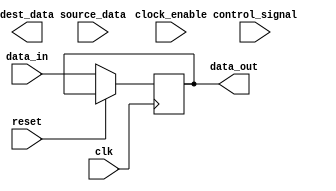
module timing_control_and_sync(
    input wire clk,
    input wire reset,
    
    // Timing control signals and clock gating
    input wire control_signal,
    input wire clock_enable,
    
    // Clock domain crossing signals
    input wire [7:0] data_in,
    output wire [7:0] data_out,
    
    // Synchronization FIFO buffers
    input wire [7:0] source_data,
    output wire [7:0] dest_data
);

// Timing control block
always @(posedge clk or posedge reset) begin
    if (reset) begin
        // Reset control logic
    end else begin
        // Handle control signals and clock gating
        if (control_signal && clock_enable) begin
            // Perform timing control actions
        end
    end
end

// Clock domain crossing block
always @(posedge clk or posedge reset) begin
    if (reset) begin
        // Reset logic for clock domain crossing
    end else begin
        // Synchronize data between clock domains
        data_out <= data_in;
    end
end

// Synchronization FIFO block
reg [7:0] fifo_buffer [0:127];

// Implement FIFO buffer logic for aligning data
// between source and destination interfaces

endmodule